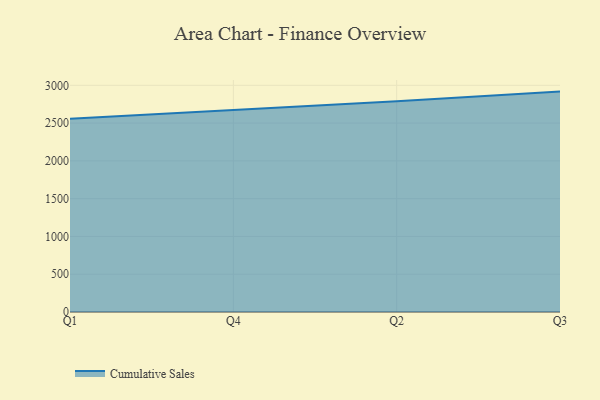
{"axis": {"x": "Quarter", "y": "Inventory Turnover"}, "legend": ["Cumulative Sales"], "data": [{"x": "Q1", "y": 2558.8, "type": "Cumulative Sales"}, {"x": "Q4", "y": 2675.1, "type": "Cumulative Sales"}, {"x": "Q2", "y": 2787.6, "type": "Cumulative Sales"}, {"x": "Q3", "y": 2916.9, "type": "Cumulative Sales"}]}